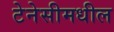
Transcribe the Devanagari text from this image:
टेनेसीमधील